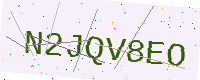
Text: N2JQV8EO